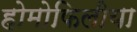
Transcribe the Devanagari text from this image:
होमोफिलीया